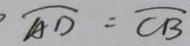
\widehat { A D } = \widehat { C B }